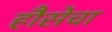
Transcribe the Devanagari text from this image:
हौसेचा